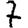
Digit: 7